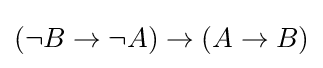
(\neg B\to \neg A)\to (A\to B)